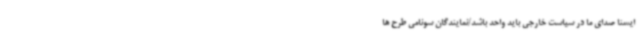
ایسنا صدای ما در سیاست خارجی باید واحد باشد/نمایندگان سونامی طرح ها